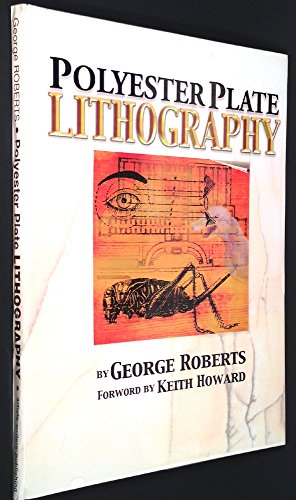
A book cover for Polyester Plate lithography; George F. Roberts; Arts & Photography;